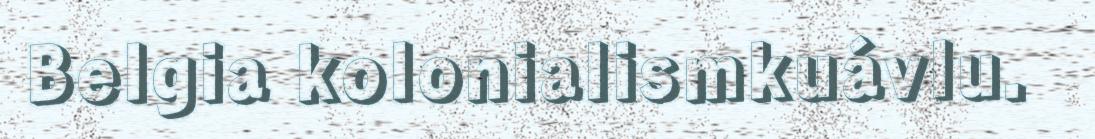
Belgia kolonialismkuávlu.